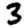
Digit: 3